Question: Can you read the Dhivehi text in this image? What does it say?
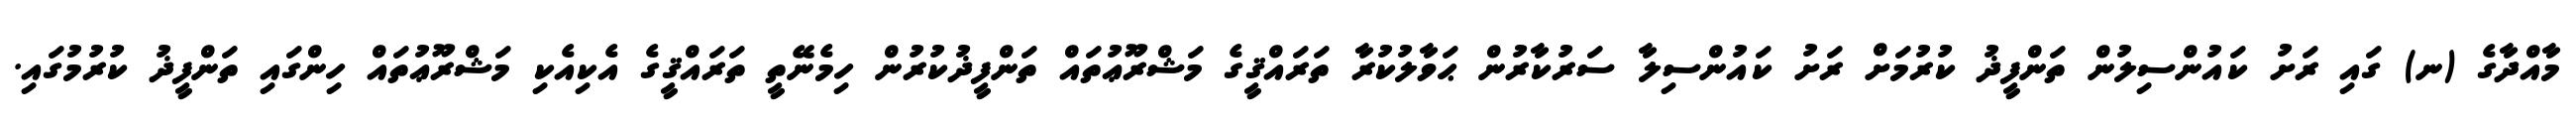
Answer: މާއްދާގެ (ނ) ގައި ރަށު ކައުންސިލުން ތަންފީޛު ކުރުމަށް ރަށު ކައުންސިލާ ސަރުކާރުން ޙަވާލުކުރާ ތަރައްޤީގެ މަޝްރޫޢުތައް ތަންފީޛުކުރުން ހިމެނޭތީ ތަރައްޤީގެ އެކިއެކި މަޝްރޫޢުތައް ހިންގައި ތަންފީޛު ކުރުމުގައި.